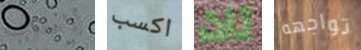
الاسلوب اكسب ثلث تواجهه